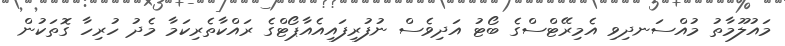
މައުލޫމާތު މުއްސަނދިވި އެމިރޭޓްސްގެ ބޯޓު އަދިވެސް ނުފުރިފައިއެއާޕޯޓްގެ ރައްކާތެރިކަމާ މެދު ހުރިހާ ގޮތަކުން